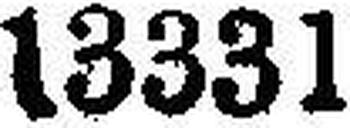
13331